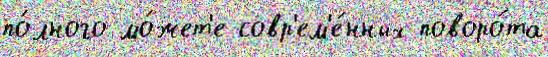
по́лного мо́жет'е совр'ем'е́нных поворо́та